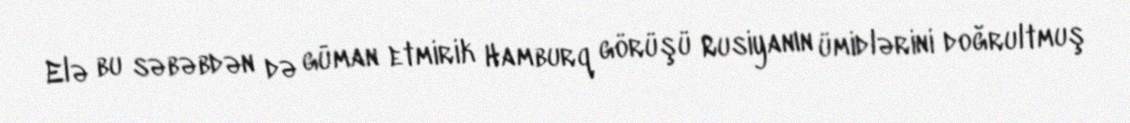
Elə bu səbəbdən də güman etmirik Hamburq görüşü Rusiyanın ümidlərini doğrultmuş